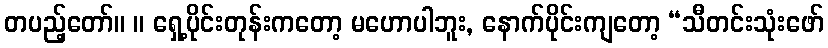
တပည့်တော်။ ။ ရှေ့ပိုင်းတုန်းကတော့ မဟောပါဘူး, နောက်ပိုင်းကျတော့ “သီတင်းသုံးဖော်